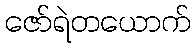
ဇော်ရဲတယောက်